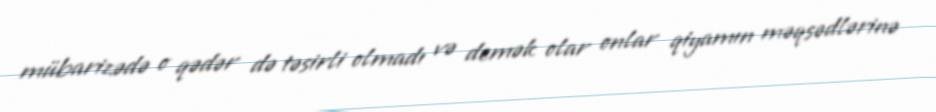
mübarizədə o qədər də təsirli olmadı və demək olar onlar qiyamın məqsədlərinə